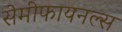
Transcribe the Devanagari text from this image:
सेमीफायनल्स